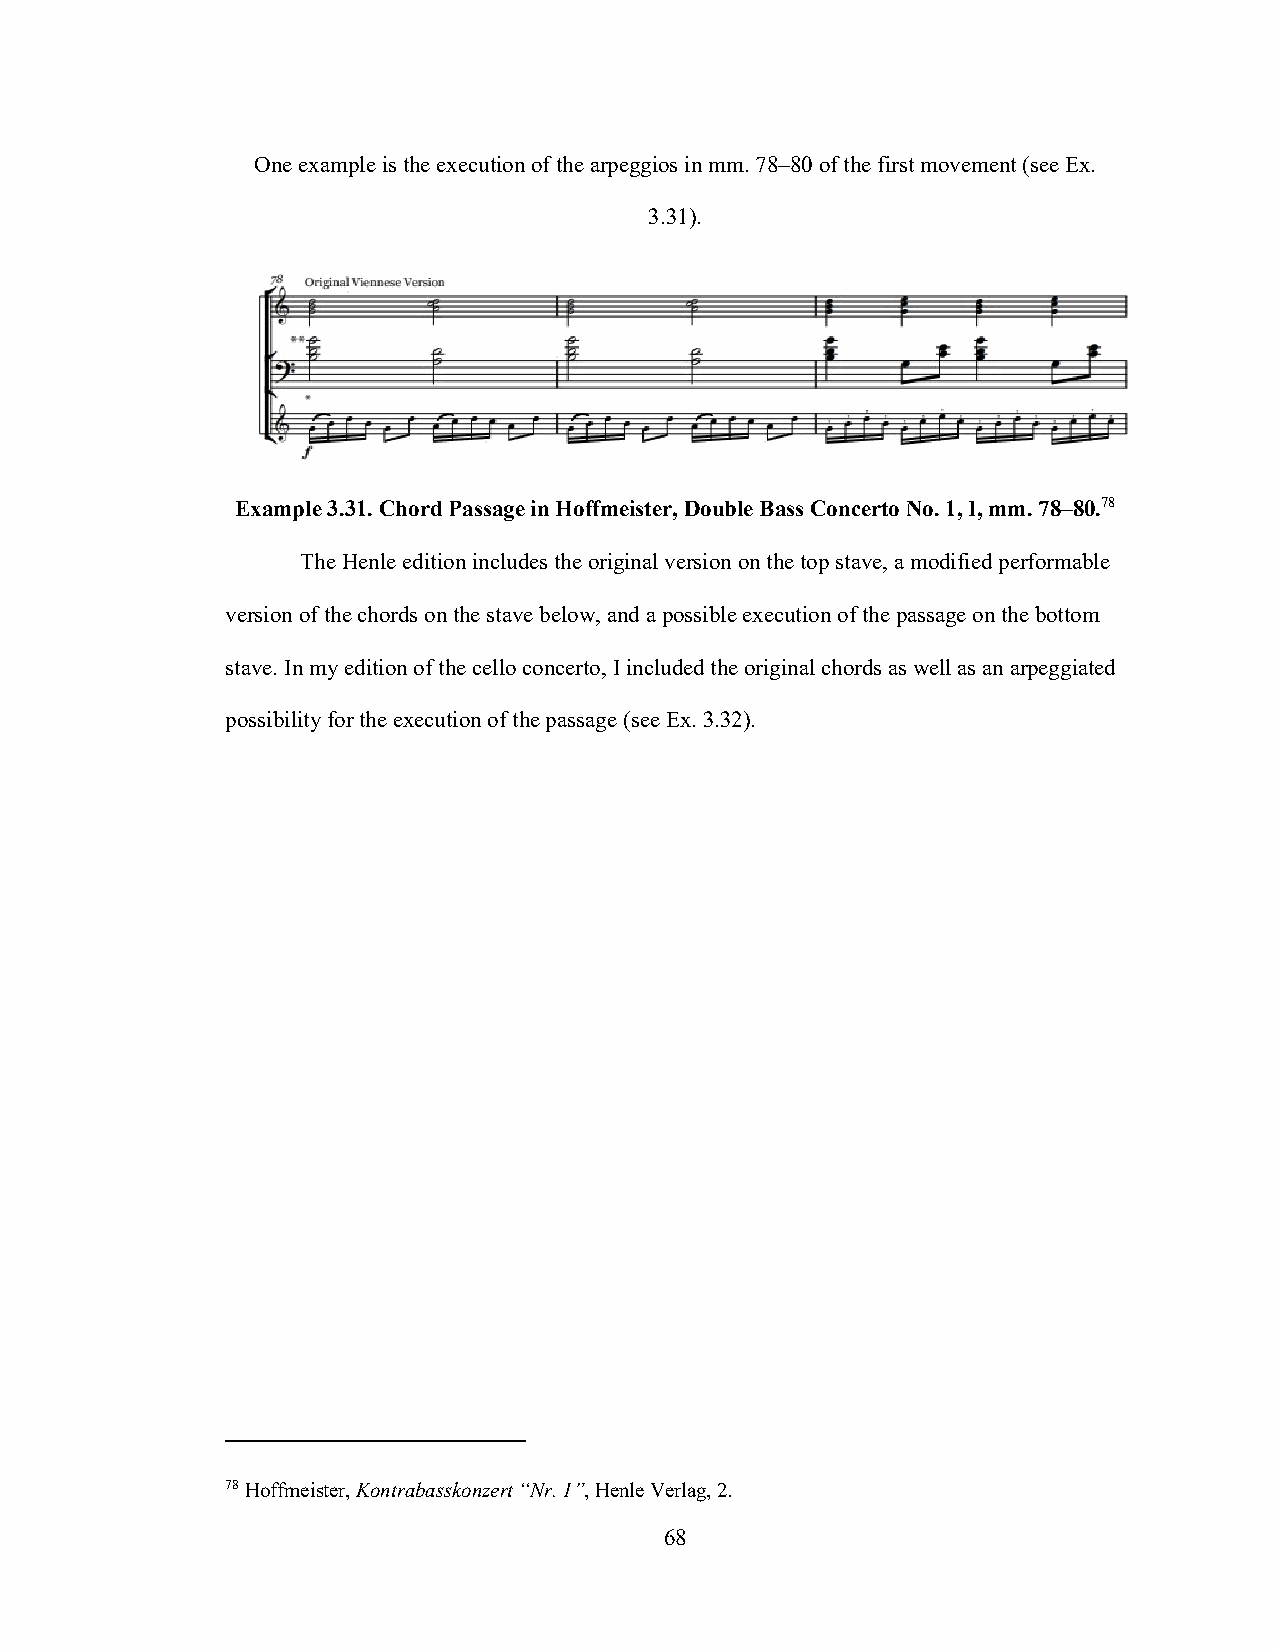
One example is the execution of the arpeggios in mm. 78–80 of the first movement (see Ex.
 3.31).
 Example 3.31. Chord Passage in Hoffmeister, Double Bass Concerto No. 1, I, mm. 78–80.78
 The Henle edition includes the original version on the top stave, a modified performable
 version of the chords on the stave below, and a possible execution of the passage on the bottom
 stave. In my edition of the cello concerto, I included the original chords as well as an arpeggiated
 possibility for the execution of the passage (see Ex. 3.32).
 78 Hoffmeister, Kontrabasskonzert “Nr. 1”, Henle Verlag, 2.
 68